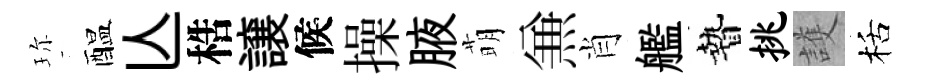
珎醖亾梏譲候操腋萌𠔥肖艦贄挑護栝